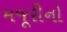
મજૂરીનો